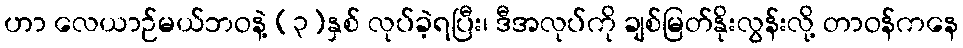
ဟာ လေယာဉ်မယ်ဘဝနဲ့ (၃)နှစ် လုပ်ခဲ့ရပြီး၊ ဒီအလုပ်ကို ချစ်မြတ်နိုးလွန်းလို့ တာဝန်ကနေ